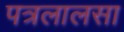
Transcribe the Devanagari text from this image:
पत्रलालसा